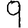
Digit: 9